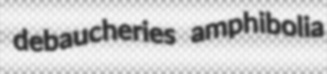
debaucheries amphibolia